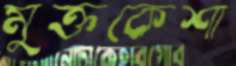
মুক্তকেশা